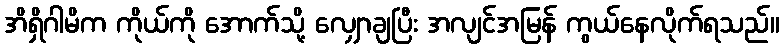
အိရှိဂါမိက ကိုယ်ကို အောက်သို့ လျှောချပြီး အလျင်အမြန် ကွယ်နေလိုက်ရသည်။